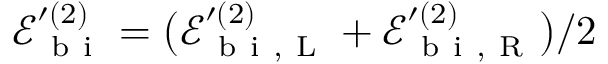
\mathcal { E } _ { \mathrm { ~ b ~ i ~ } } ^ { \prime { ( 2 ) } } = \big ( \mathcal { E } _ { \mathrm { ~ b ~ i ~ } , \mathrm { ~ L ~ } } ^ { \prime { ( 2 ) } } + \mathcal { E } _ { \mathrm { ~ b ~ i ~ } , \mathrm { ~ R ~ } } ^ { \prime { ( 2 ) } } \big ) / 2